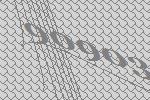
90903